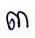
៣